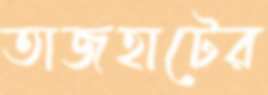
তাজহাটের